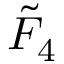
{ \tilde { F } } _ { 4 }